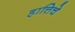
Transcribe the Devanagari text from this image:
हात्तिचे